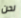
نحن